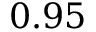
0 . 9 5